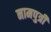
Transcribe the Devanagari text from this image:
नामपुत्री